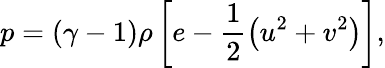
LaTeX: p=\left(\gamma-1\right)\rho\left[e-\frac{1}{2}\left(u^{2}+v^{2}\right)\right],